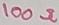
Text: 100Ω